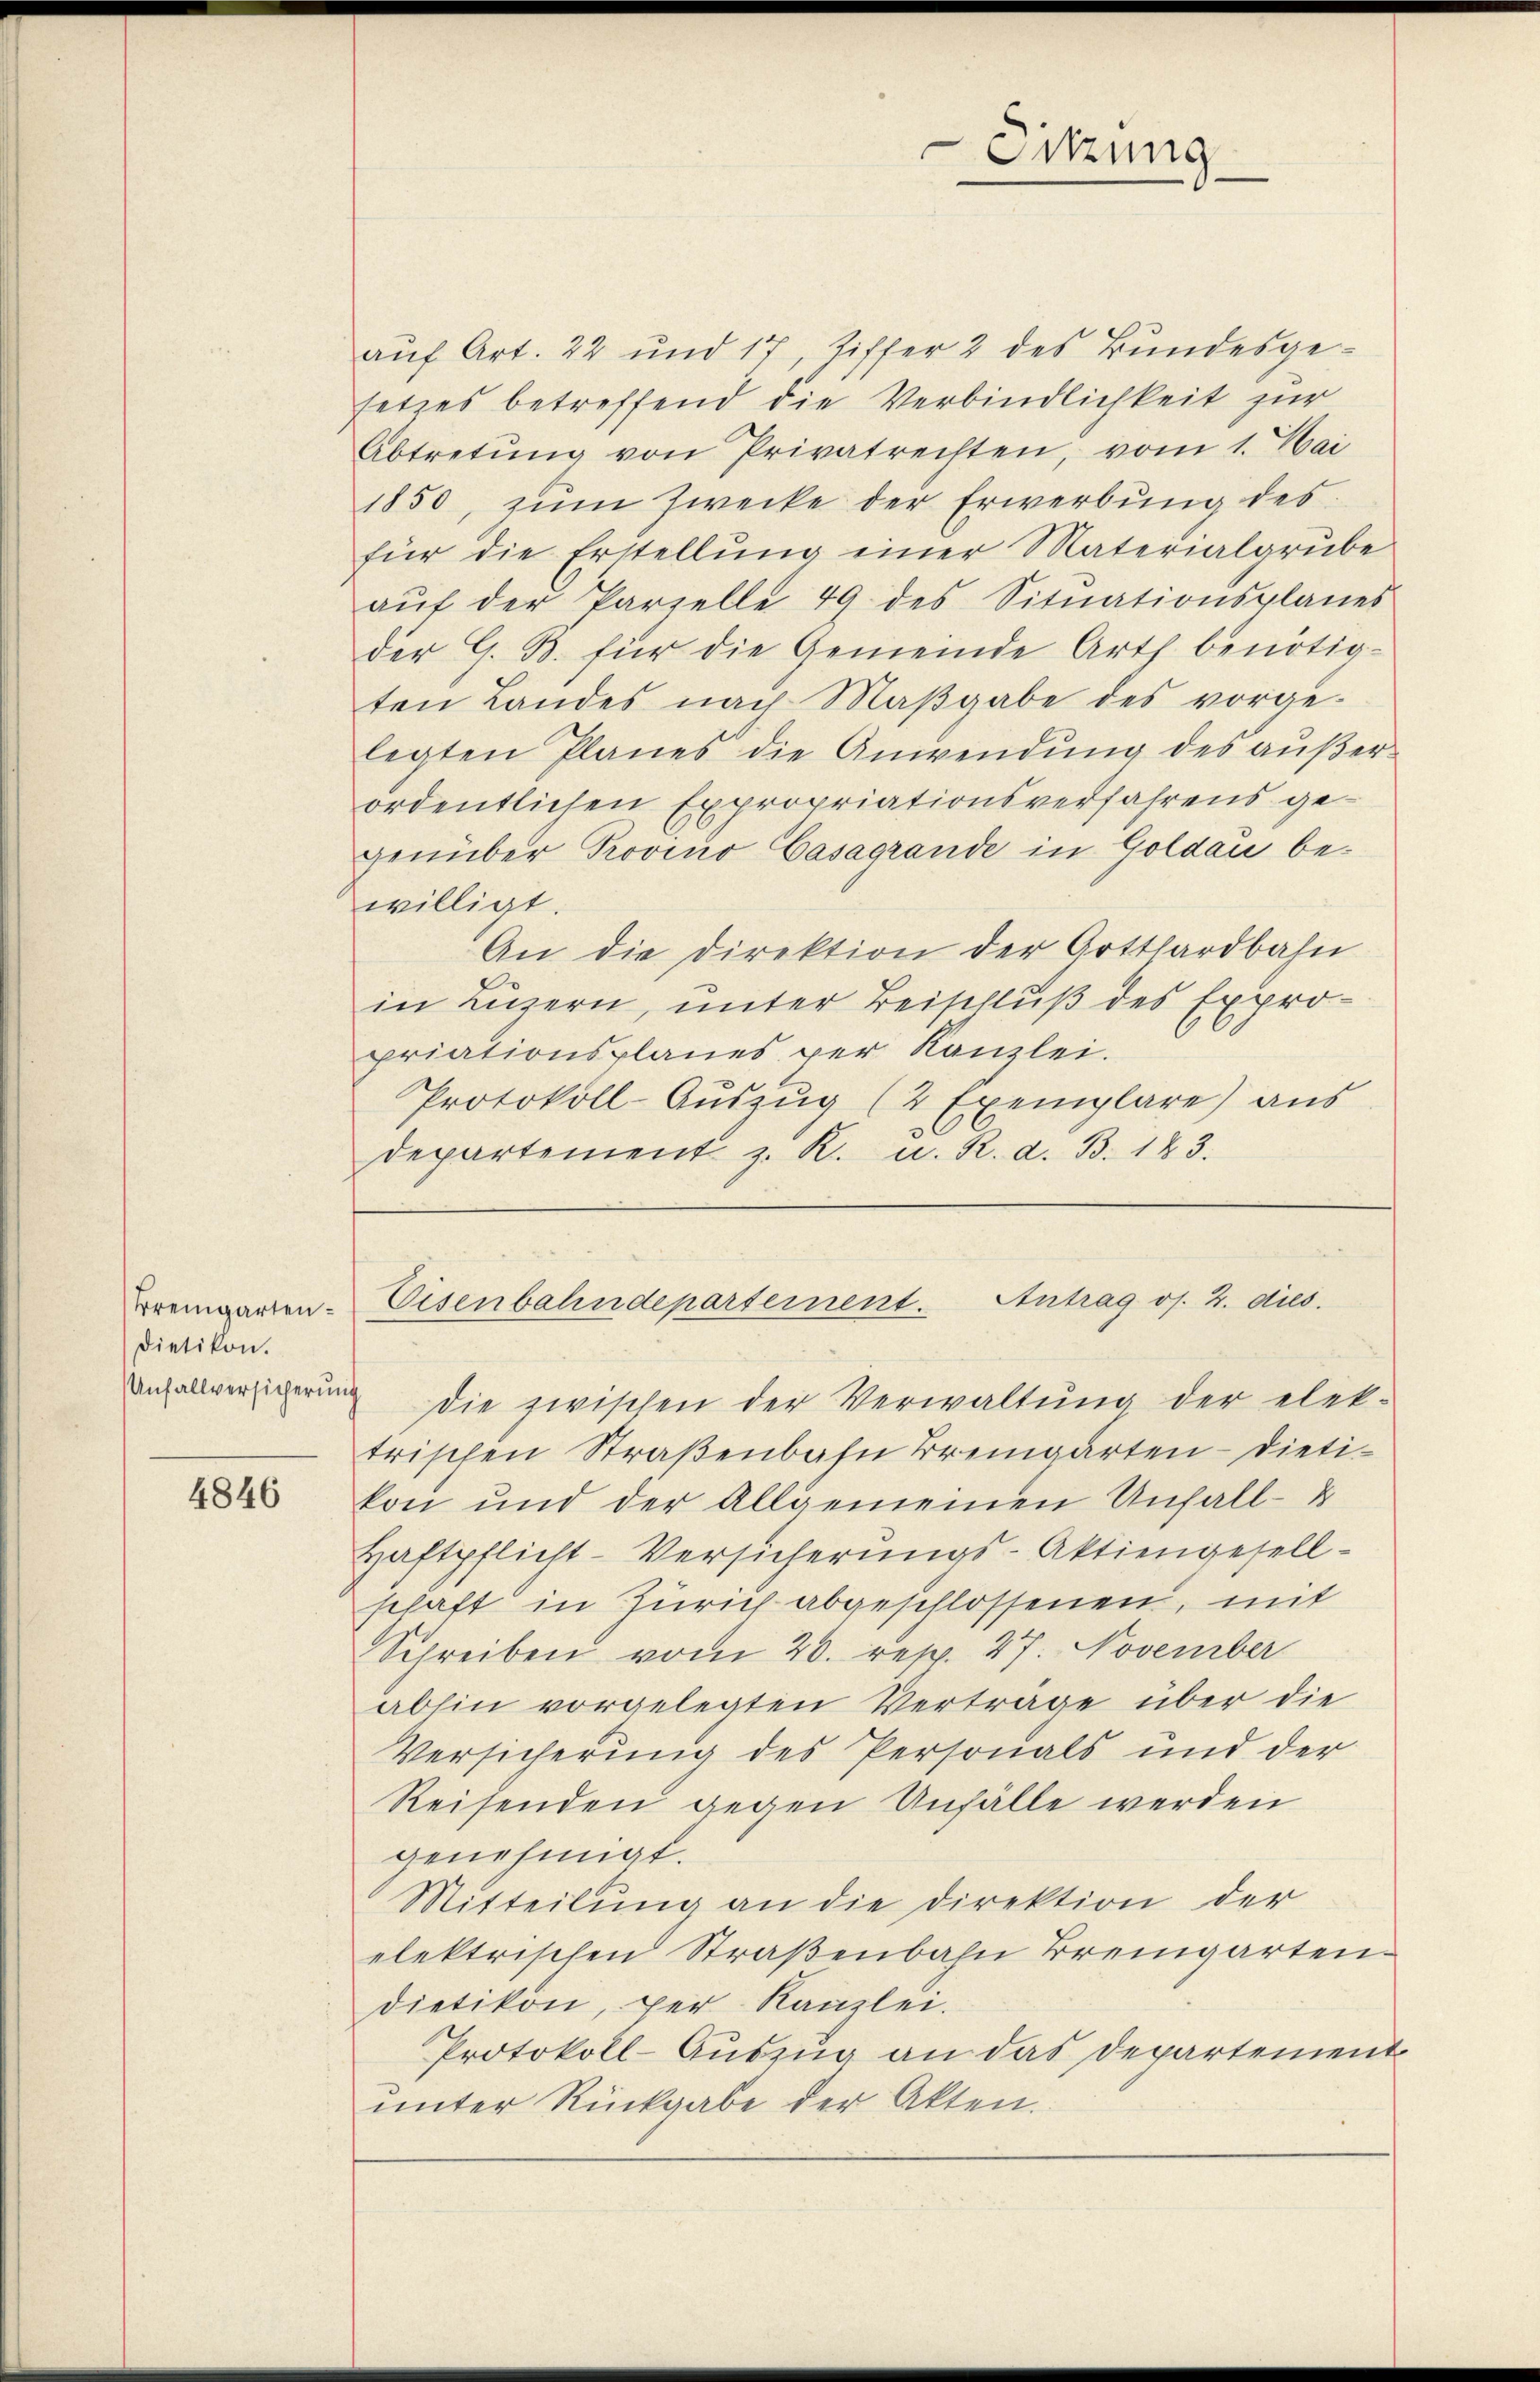
Bremgarten¬
Dietikon.

4846

auf Art. 22 und 17, Ziffer 2 des Bundesgesetzes betreffend die Verbindlichkeit zur
Abtretŭng von Privatrechten, vom 1. Mai
1850, zŭm Zwecke der Erwerbŭng des
für die Erstellŭng einer Materialgrube
aŭf der Parzelle 49 des Sitŭationsplanes
der G. B. für die Gemeinde Arth benötig-
ten Landes nach Maßgabe des vorgelegten Planes die Anwendung des außerordentlichen Expropriationsverfahrens gegenüber Provino Casagrande in Goldau bewilligt.
An die Direktion der Gotthardbahn
in Luzern, unter Beischluß des Expropriationsplanes per Kanzlei.
Protokoll-Aŭszŭg (2 Exemplare) aus
departement z. R. u. R. d. B. 143.

er die zwischen der Verwaltŭng der elek-
trischen Straßenbahn Bremgarten - Dietikon und der Allgemeinen Unfall-
Haftpflicht-Versicherungs-Aktiengesellschaft in Zürich abgeschlossenen, mit
Schreiben vom 20. resp. 27. November
abhin vorgelegten Verträge über die
Versicherung des Personals und der
Reisenden gegen Unfälle werden
genehmigt.
Mitteilŭng an die Direktion der
elektrischen Straßenbahn Bremgarten.
dietikon, per Kanzlei.
Protokoll-Auszug an das Departement
unter Rückgabe der Akten.

Sitzung

Eisenbahndepartement. Antrag os. 2. dies